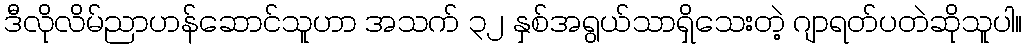
ဒီလိုလိမ်ညာဟန်ဆောင်သူဟာ အသက် ၃၂ နှစ်အရွယ်သာရှိသေးတဲ့ ဂျာရတ်ပတဲဆိုသူပါ။